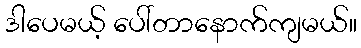
ဒါပေမယ့် ပေါ်တာနောက်ကျမယ်။